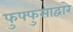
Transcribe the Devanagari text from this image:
फुफ्फुसाद्वारे